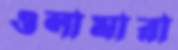
ওলামারা